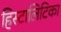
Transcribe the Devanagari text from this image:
हिस्टालिटिका